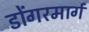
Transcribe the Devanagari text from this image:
डोंगरमार्ग